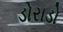
ડોરાડો